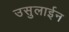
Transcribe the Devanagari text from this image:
उसुलाईन